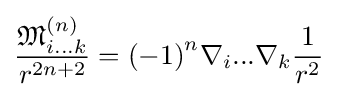
{\frac {{\mathfrak {M}}_{i...k}^{(n)}}{r^{2n+2}}}={(-1)}^{n}\nabla _{i}...\nabla _{k}{\frac {1}{r^{2}}}